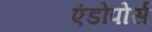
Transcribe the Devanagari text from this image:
एंडोपोर्स